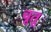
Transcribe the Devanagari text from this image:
चूतू